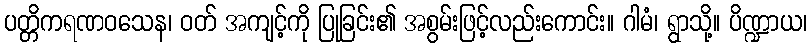
ပတ္တိကရဏဝသေန၊ ဝတ် အကျင့်ကို ပြုခြင်း၏ အစွမ်းဖြင့်လည်းကောင်း။ ဂါမံ၊ ရွာသို့။ ပိဏ္ဍာယ၊